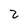
Character: 2